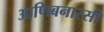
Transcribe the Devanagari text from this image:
आणिबनारसी